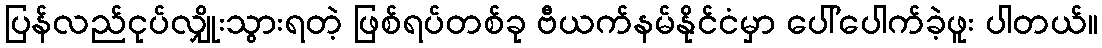
ပြန်လည်ငုပ်လျှိုးသွားရတဲ့ ဖြစ်ရပ်တစ်ခု ဗီယက်နမ်နိုင်ငံမှာ ပေါ်ပေါက်ခဲ့ဖူး ပါတယ်။